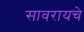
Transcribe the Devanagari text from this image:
सावरायचे